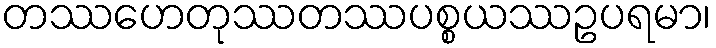
တဿဟေတုဿတဿပစ္စယဿဥပရမာ၊